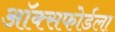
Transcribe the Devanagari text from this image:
ऑक्सफोर्डला